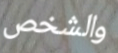
والشخص